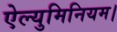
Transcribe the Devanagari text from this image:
ऐल्युमिनियम।